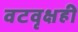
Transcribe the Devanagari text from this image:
वटवृक्षही